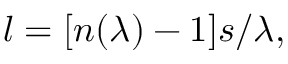
l = [ n ( \lambda ) - 1 ] s / \lambda ,